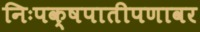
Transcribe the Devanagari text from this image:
निःपक्षपातीपणावर